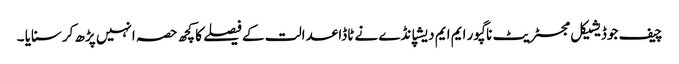
چیف جوڈیشیکل مجسٹریٹ ناگپور ایم ایم دیشپانڈے نے ٹاڈا عدالت کے فیصلے کا کچھ حصہ انہیں پڑھ کرسنایا ۔